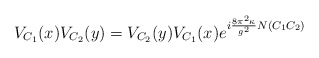
\begin{align*}V_{C_1}(x)V_{C_2}(y)=V_{C_2}(y)V_{C_1}(x)e^{i\frac{8\pi^2\kappa}{g^2}N(C_1C_2)}\end{align*}